65_HS1-834228961_62-HQ-83894_Section_8
Agency: FBI
Page 121
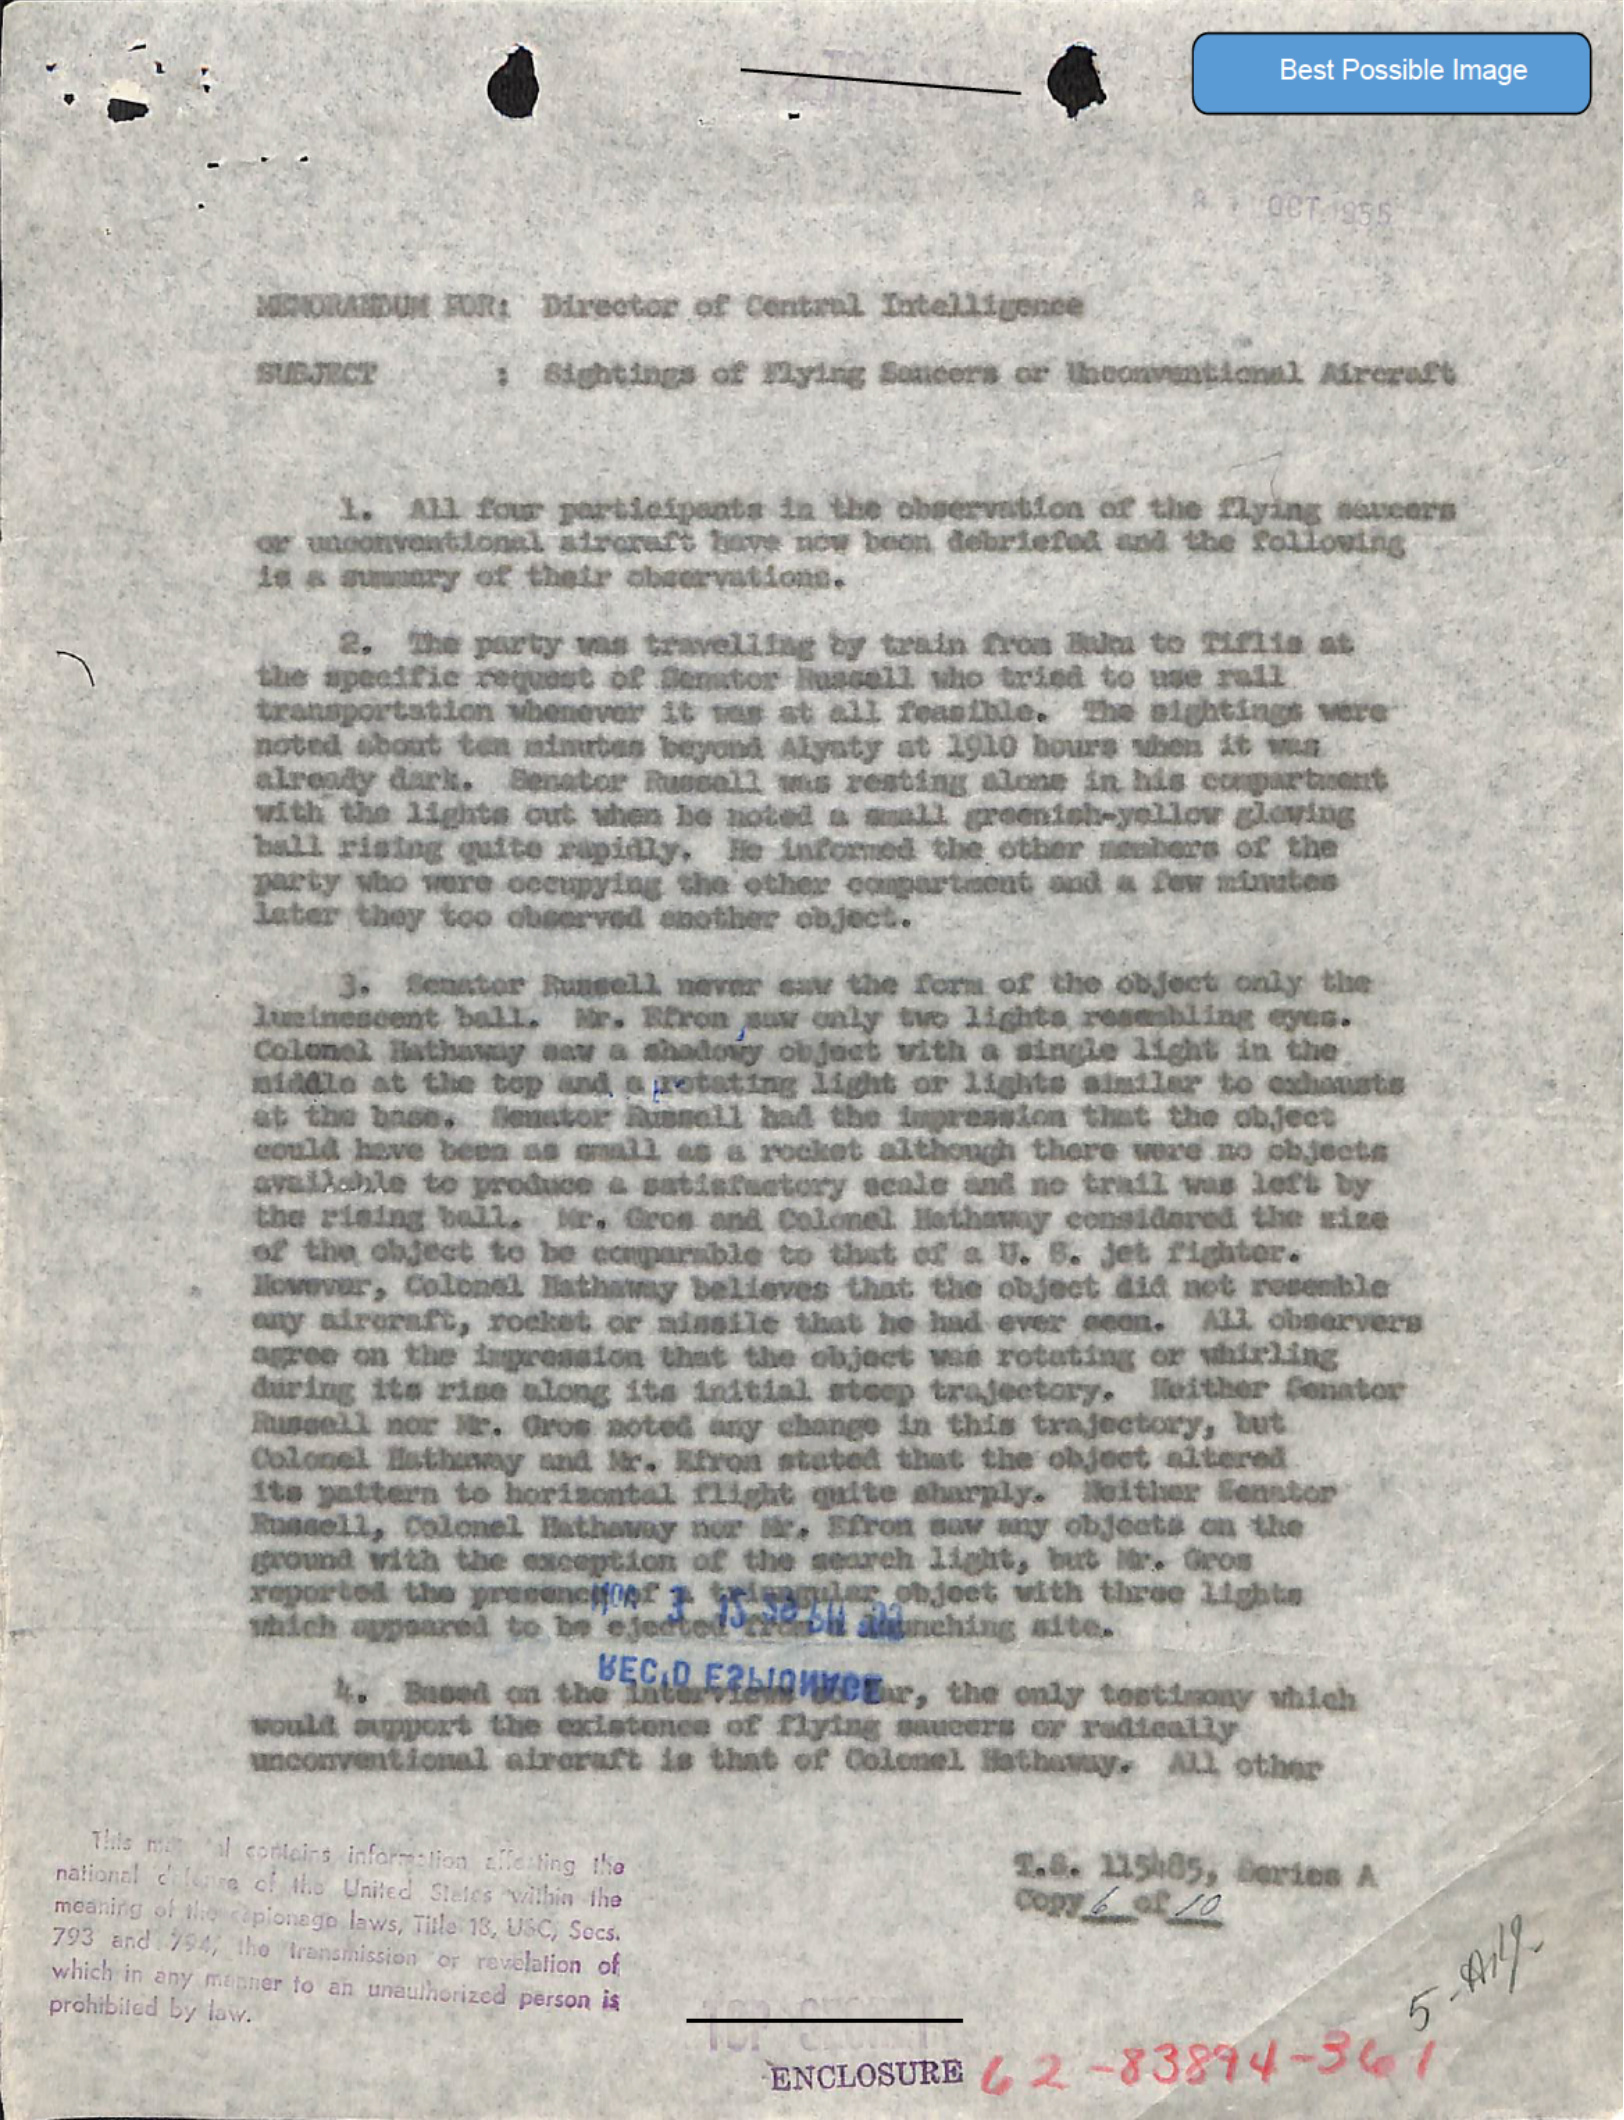